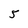
Character: 5